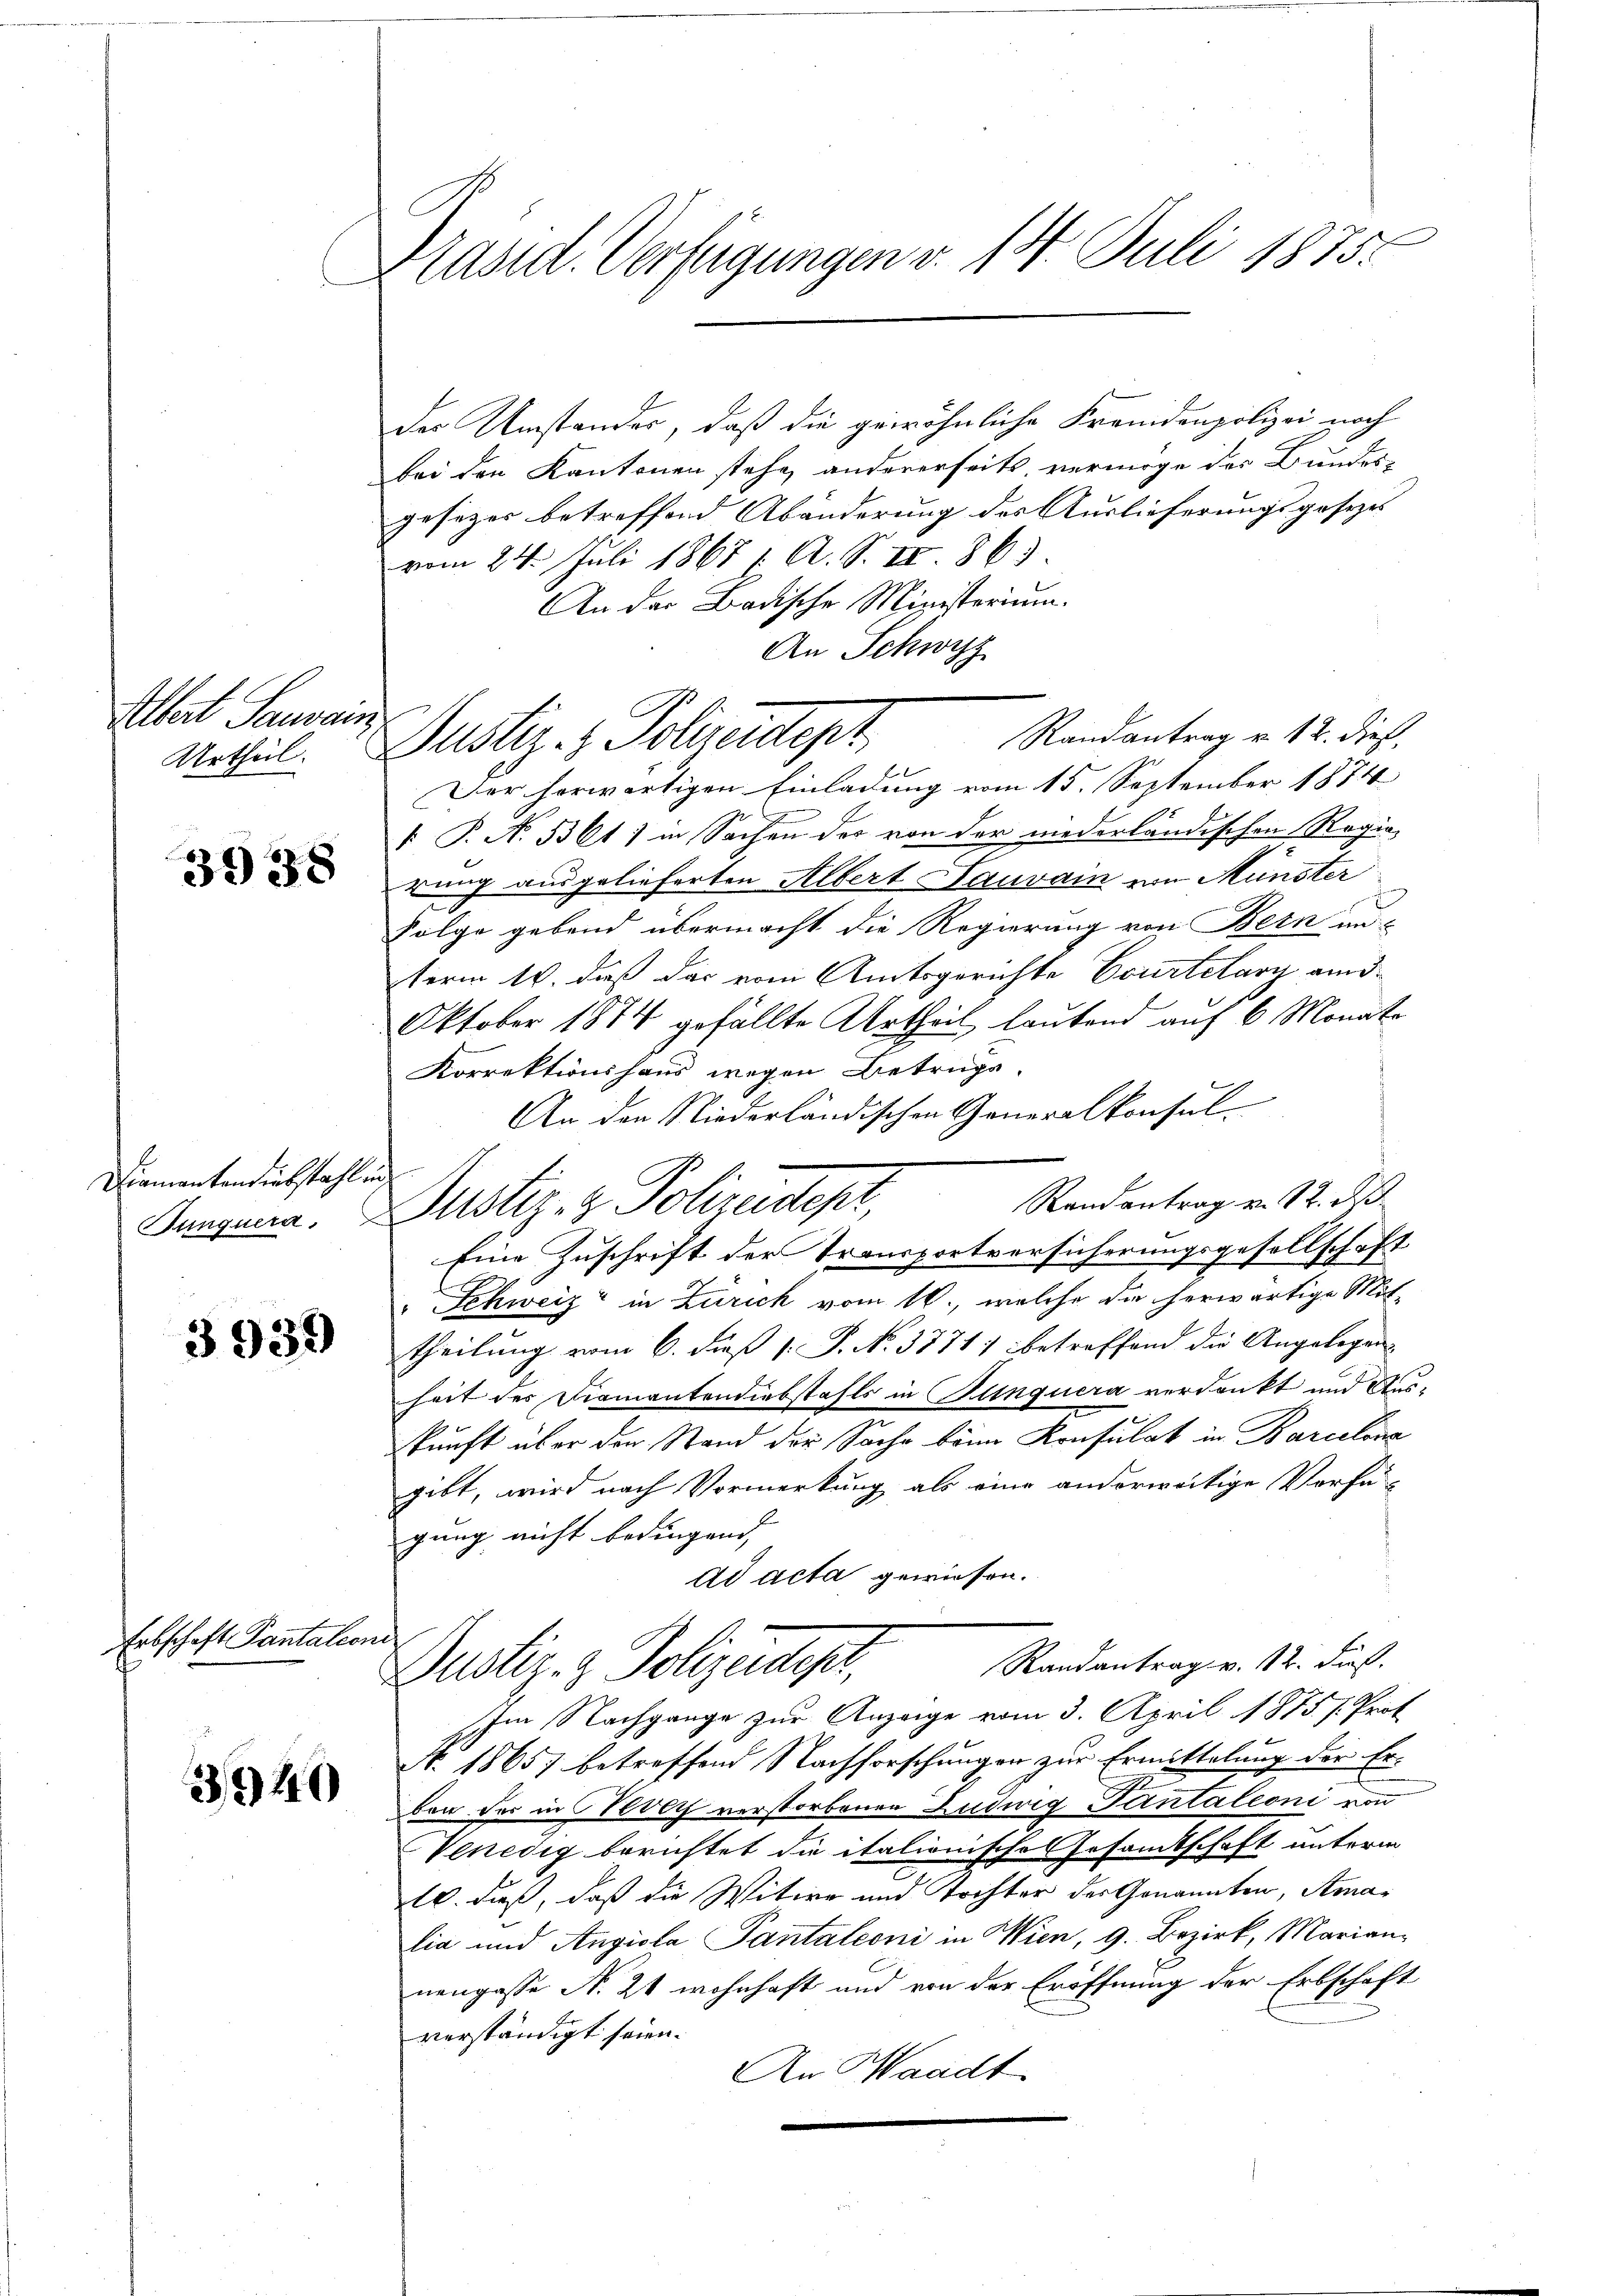
Altert Sauvain
Urtheil.

338

Diamantendiebstahl.
Junquera,

3939

Erbschaft Pantales.

3340

Präsid. Verfügungen v. 14. Juli 1875.

An Schwyz
Justiz- & Polizeidept,

des Umstandes, daß die gewöhnliche Fremdenpolizei noch
bei den Kantonen stehe andererseits vermöge des Bundes-
gesezes betreffend Abänderung des Auslieferungsgesezes
vom 24. Juli 1865 f. A. S. IV 863
An der Badische Ministerium.
Randantrag u. 12. dieß,
Der herwärtigen Einladung vom 15. September 1874
 P. N. 5361) in Sachen des von der niederländischen Regierung ausgelieferten Albert Sauvai von Münster
Folge gebend übermacht die Regierung von Bern aus
term 16. dieß das vom Amtsgerichte Courtelary and
Oktober 1874 gefällte Urtheil lautend auf 6 Monate
Korrektionshaus wegen Betruge
.
An den Niederländischen Generalkonsul-
s
Randantrag v. 12. d.
Justiz- & Polizeidepr
Eine Zuschrift der Transportversicherungsgesellschaft
" Schweiz in Zürich vom 16., welche die herwärtige Mittheilung vom 6. dieß [ J. No. 3771) betreffend die Angelegen
heit des Diamantendiebstahls in Blinquera verdankt und Auskunft über den Stand der Sache beim Konsulat in Barcelina
gibt, wird nach Vormerkung als eine anderweitige Verfü-
gung nicht bedingend, |
ad acta gewiesen.
ich
Randantrag v. 12. dieß.
Dustiz- & Polizeidiget,
Im Nachgange zur Anzeige vom 3. April 1875. s. Prot
Nr. 18657 betreffend Nachforschungen zur Ermittelung der Erben der in Vevey verstorbenen Ludwig Tantaleoni von
Venedig berichtet die italionische Gesamtschaft unterm
10. dieß, daß die Witwe und Tochter der Genannten, Amalia und Angiola Pantaleoni in Wien, 9. Bezirk, Marian-
nengasse N. 21 wohnhaft und von der Eröffnung der Erbschaft
verständigt seien.
An Waadt